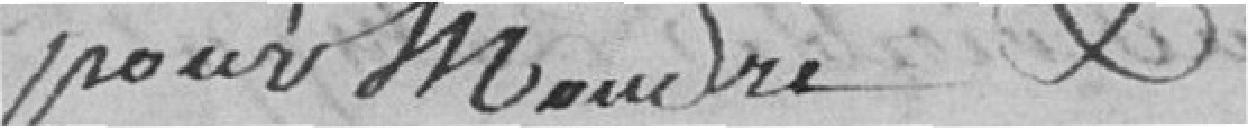
pour moudre